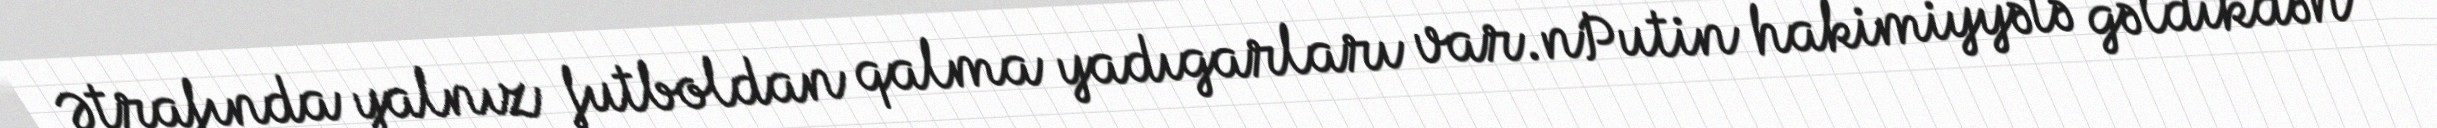
Ətrafında yalnız futboldan qalma yadıgarları var.nPutin hakimiyyətə gəldikdən